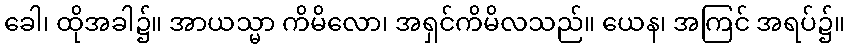
ခေါ၊ ထိုအခါ၌။ အာယသ္မာ ကိမိလော၊ အရှင်ကိမိလသည်။ ယေန၊ အကြင် အရပ်၌။